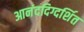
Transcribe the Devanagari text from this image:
आनंददिग्दर्शित